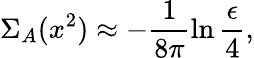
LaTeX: \Sigma_{A}(x^{2})\approx-\frac{1}{8\pi}\ln\frac{\epsilon}{4},